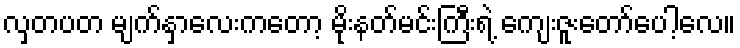
လှတပတ မျက်နှာလေးကတော့ မိုးနတ်မင်းကြီးရဲ့ ကျေးဇူးတော်ပေါ့လေ။